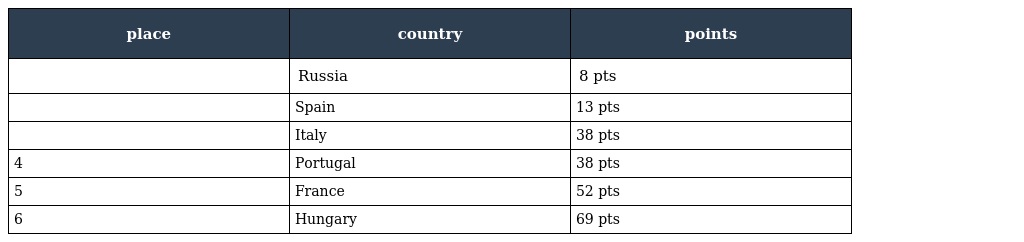
| place | country | points |
 | --- | --- | --- |
 |  | Russia | 8 pts |
 |  | Spain | 13 pts |
 |  | Italy | 38 pts |
 | 4 | Portugal | 38 pts |
 | 5 | France | 52 pts |
 | 6 | Hungary | 69 pts |